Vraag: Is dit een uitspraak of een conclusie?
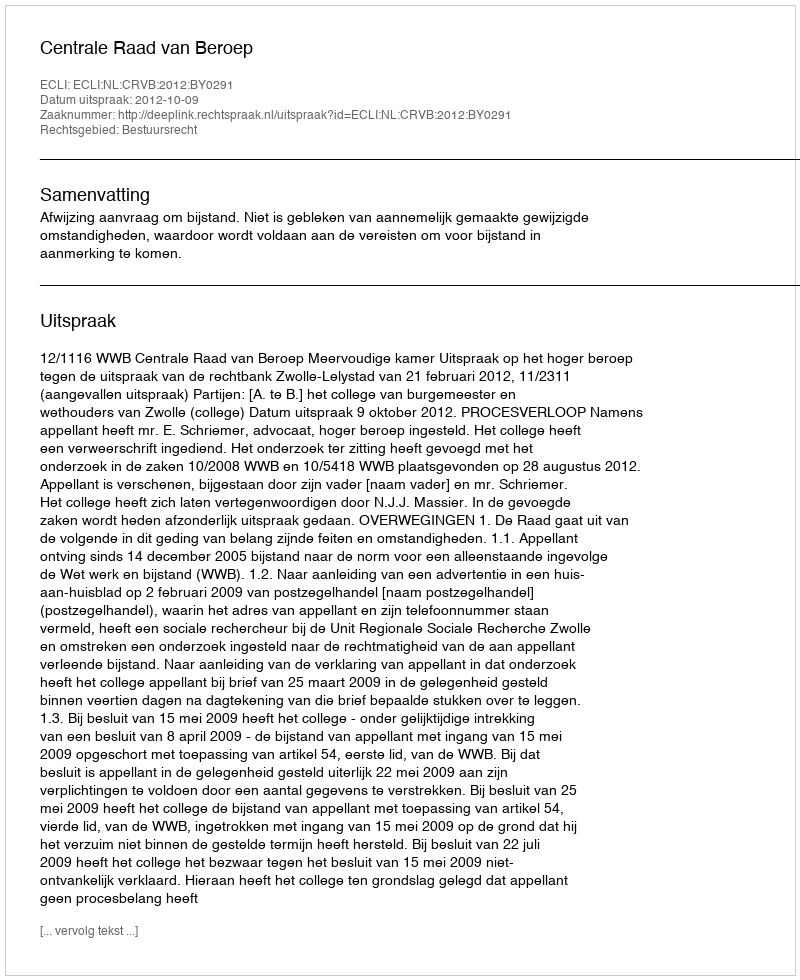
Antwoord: Uitspraak